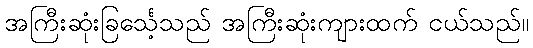
အကြီးဆုံးခြင်္သေ့သည် အကြီးဆုံးကျားထက် ငယ်သည်။